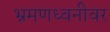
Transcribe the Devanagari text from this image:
भ्रमणध्वनीवर